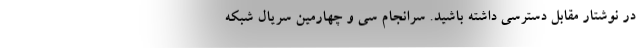
در نوشتار مقابل دسترسی داشته باشید. سرانجام سی و چهارمین سریال شبکه